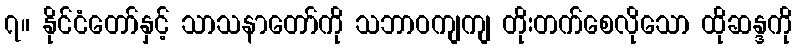
၇။ နိုင်ငံတော်နှင့် သာသနာတော်ကို သဘာဝကျကျ တိုးတက်စေလိုသော ထိုဆန္ဒကို